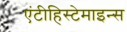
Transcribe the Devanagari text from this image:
एंटीहिस्टेमाइन्स